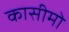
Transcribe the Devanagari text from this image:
कासीमो